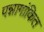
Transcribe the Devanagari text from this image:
पन्नागांकित